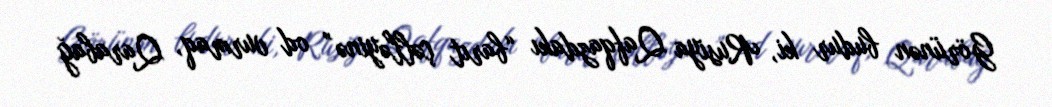
Görünən budur ki, Rusiya Qafqazdakı “barıt çəlləyinə” od vurmaq, Qarabağ